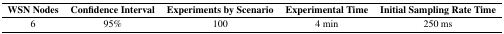
| WSN Nodes | Confidence Interval | Experiments by Scenario | Experimental Time | Initial Sampling Rate Time |
 | --- | --- | --- | --- | --- |
 | 6 | 95% | 100 | 4 min | 250 ms |